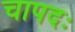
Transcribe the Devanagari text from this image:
चापदः